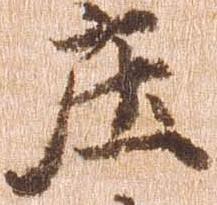
庄